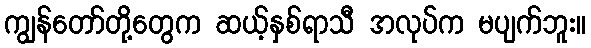
ကျွန်တော်တို့တွေက ဆယ့်နှစ်ရာသီ အလုပ်က မပျက်ဘူး။